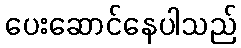
ပေးဆောင်နေပါသည်